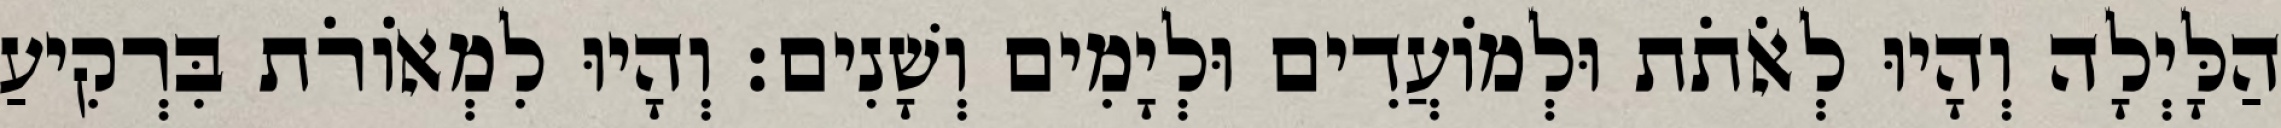
הַלָּיְלָה וְהָיוּ לְאֹתֹת וּלְמֹועֲדִים וּלְיָמִים וְשָׁנִים׃ וְהָיוּ לִמְאֹורֹת בִּרְקִיעַ